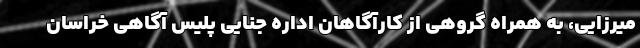
میرزایی، به همراه گروهی از کارآگاهان اداره جنایی پلیس آگاهی خراسان